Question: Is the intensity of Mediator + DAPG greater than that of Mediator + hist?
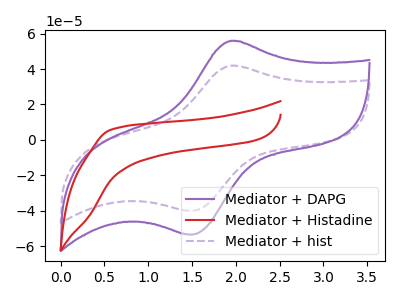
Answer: <think>The purple curve "Mediator + DAPG" has an anodic peak at (1.95V, 55.90uA) and a cathodic peak at (1.45V, -53.30uA). The red curve "Mediator + Histadine" has no peaks. The purple dashed curve "Mediator + hist" has an anodic peak at (1.95V, 41.85uA) and a cathodic peak at (1.45V, -39.95uA).
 All the peaks in "Mediator + DAPG" have a peak in "Mediator + hist" at the same potential. Every peak in "Mediator + DAPG" is higher than every peak in "Mediator + hist".</think>
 <answer>"Mediator + DAPG" has more signal than "Mediator + hist".</answer>
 <eval>more_signal</eval>